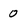
Character: 0